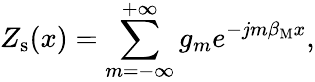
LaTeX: Z_{\mathrm{s}}(x)=\sum_{m=-\infty}^{+\infty}g_{m}e^{-jm\beta_{\mathrm{M}}x},